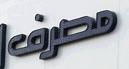
مطرف